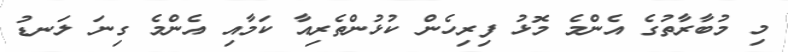
މި މުބާރާތުގެ އެންމެ މޮޅު ފިރިހެން ކުޅުންތެރިއާ ކަމާއި އެންމެ ގިނަ ލަނޑު